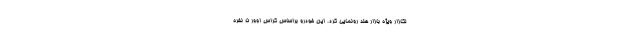
لکازار ویژه بازار هند رونمایی کرد. این خودرو براساس کراس اوور 5 نفره